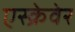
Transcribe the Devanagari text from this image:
एस्क्रेवेर